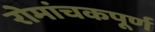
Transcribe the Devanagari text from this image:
रोमांचकपूर्ण